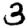
Digit: 3